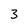
Character: 3